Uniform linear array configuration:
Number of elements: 8
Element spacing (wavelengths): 0.75
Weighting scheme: kaiser
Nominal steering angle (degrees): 30
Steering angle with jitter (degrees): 29.245
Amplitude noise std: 0.05
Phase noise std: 0.05

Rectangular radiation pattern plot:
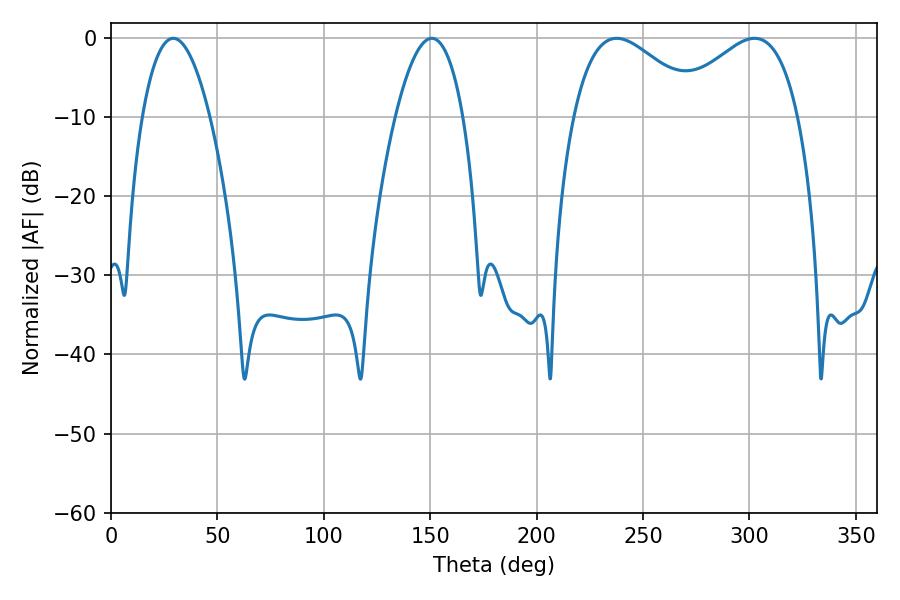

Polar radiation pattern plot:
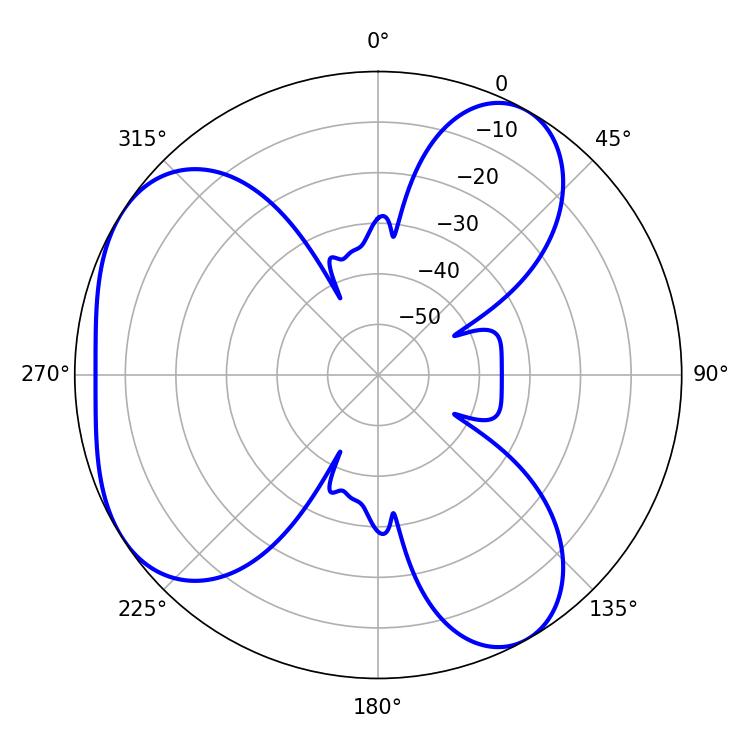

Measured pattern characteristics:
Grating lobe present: TRUE
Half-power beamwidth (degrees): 32.58
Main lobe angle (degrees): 237.6